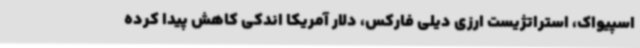
اسپیواک، استراتژیست ارزی دیلی فارکس، دلار آمریکا اندکی کاهش پیدا کرده